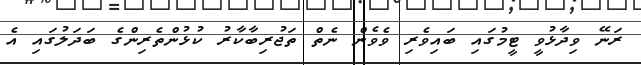
ރަނޭ ވިދާޅުވީ ޓީމުގައި ބައިވެރި ވެވެން ނެތް ތަޖުރިބާކާރު ކުޅުންތެރިންގެ ބަދަލުގައި އެ